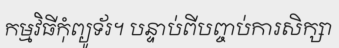
កម្មវិធីកុំព្យូទ័រ។ បន្ទាប់ពីបញ្ចប់ការសិក្សា